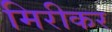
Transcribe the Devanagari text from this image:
मिरीकर